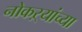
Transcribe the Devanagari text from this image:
नोकऱ्यांच्या